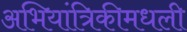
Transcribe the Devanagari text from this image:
अभियांत्रिकीमधली